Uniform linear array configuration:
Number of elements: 4
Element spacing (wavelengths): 0.5
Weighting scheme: binomial
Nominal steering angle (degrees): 45
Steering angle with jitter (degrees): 46.189
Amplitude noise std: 0.05
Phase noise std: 0.05

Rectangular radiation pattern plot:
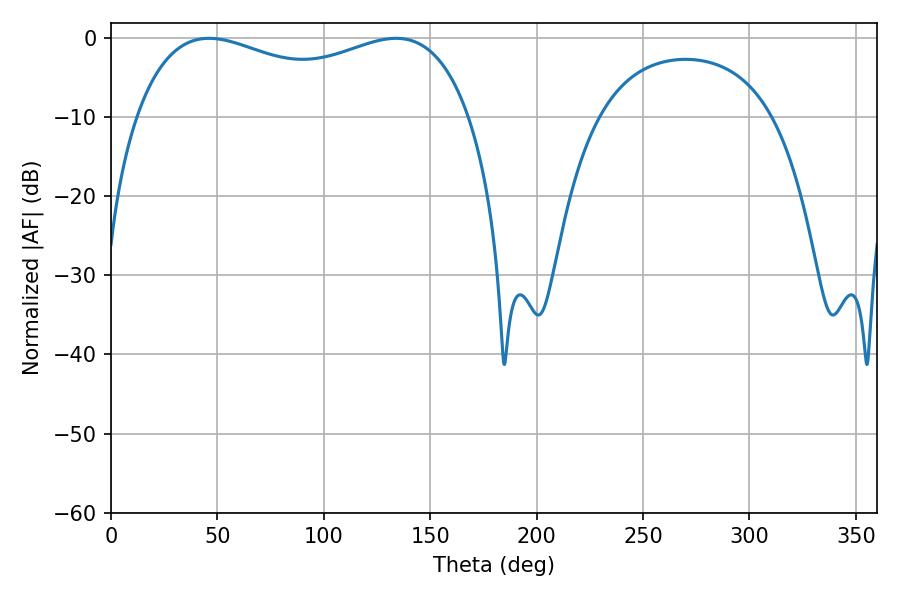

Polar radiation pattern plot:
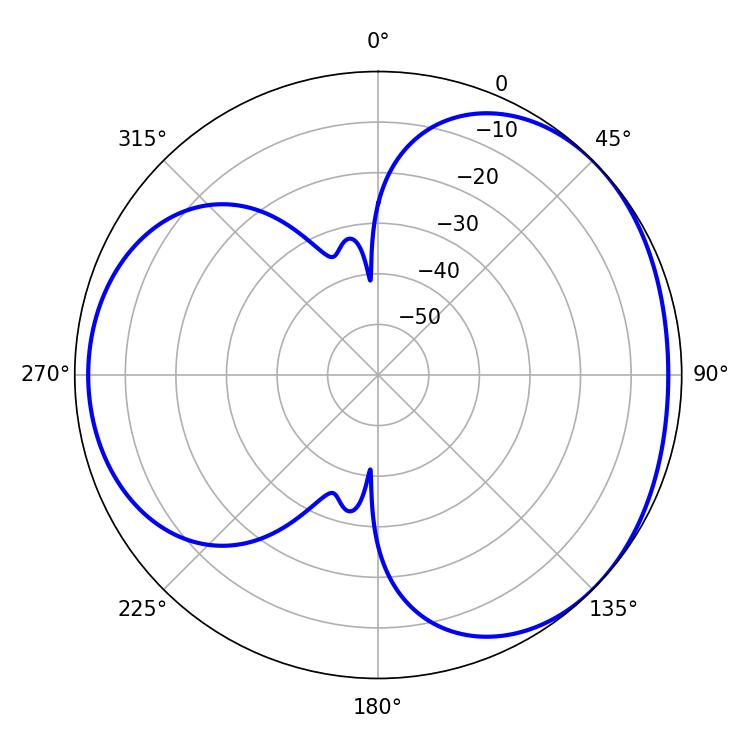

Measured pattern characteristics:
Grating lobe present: FALSE
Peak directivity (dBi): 3.436
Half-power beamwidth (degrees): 129.6
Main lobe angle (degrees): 46.08